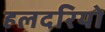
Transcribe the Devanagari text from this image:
हलदरियो